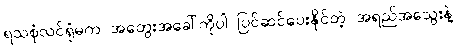
ရသစုံလင်ရုံမက အတွေးအခေါ်ကိုပါ ပြင်ဆင်ပေးနိုင်တဲ့ အရည်အသွေးနဲ့